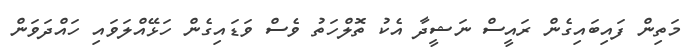
މަތިން ފައިބައިގެން ރައީސް ނަޝީދާ އެކު ތޮލްހަތު ވެސް ވަޑައިގެން ހަޅޭއްލަވައި ހައްދަވަން